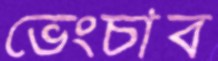
ভেংচাব